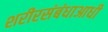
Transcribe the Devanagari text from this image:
शरीरसंबंधाआधी